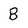
Character: B